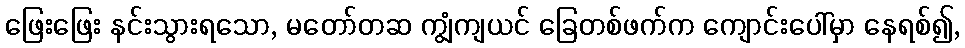
ဖြေးဖြေး နင်းသွားရသော, မတော်တဆ ကျွံကျယင် ခြေတစ်ဖက်က ကျောင်းပေါ်မှာ နေရစ်၍,